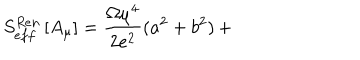
S _ { e f f } ^ { R e n } \left[ A _ { \mu } \right] = \frac { \Omega { \mu } ^ { 4 } } { 2 e ^ { 2 } } ( a ^ { 2 } + b ^ { 2 } ) \, +